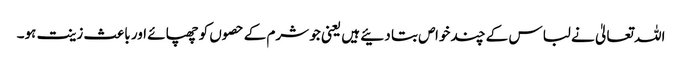
اللہ تعالیٰ نے لباس کے چند خواص بتا دئیے ہیں یعنی جو شرم کے حصوں کو چھپائے اور باعث زینت ہو۔